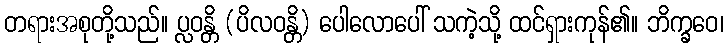
တရားအစုတို့သည်။ ပ္လဝန္တိ (ပိလဝန္တိ) ပေါလောပေါ် သကဲ့သို့ ထင်ရှားကုန်၏။ ဘိက္ခဝေ၊